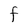
Character: F